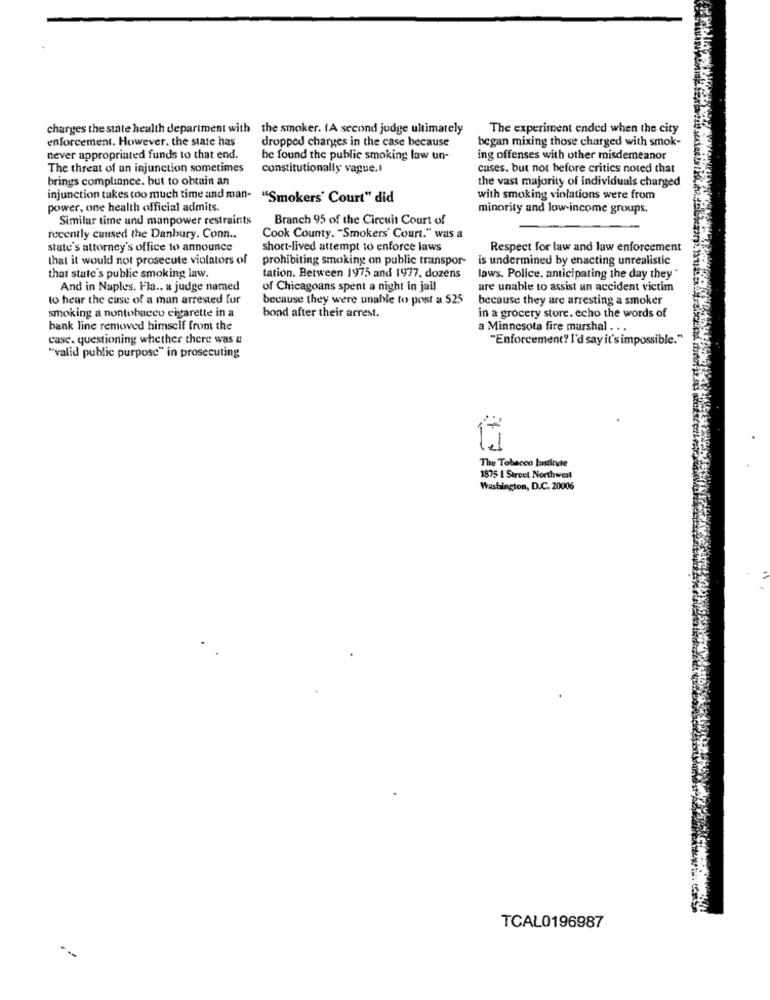
charges the state health department with the smoker. (A second judge ultimately
The experiment ended when the city
enforcement. However, the state has
dropped charges in the case because
began mixing those charged with smok-
never appropriated funds to that end.
be found the public smoking law un-
ing offenses with other misdemeanor
The threat of an injunction sometimes
constitutionally vague.l
cuses. but not before critics noted that
brings compliance. but to obtain an
the vast majority of individuals charged
injunction takes too much time and man-
"Smokers' Court" did
with smoking violations were from
power, one health official admits.
minority and low-income groups.
Similar time und manpower restraints
Branch 95 of the Circuit Court of
recently caused the Danbury. Conn ..
Cook County. "Smokers' Court." was a
state's attorney's office to announce
short-lived attempt to enforce laws
Respect for law and law enforcement
that it would not prosecute violators of
prohibiting smoking on public transpor-
is undermined by enacting unrealistic
that state's public smoking law.
tation. Between 1975 and 1977. dozens
laws. Police. anticipating the day they *
And in Naples. Fla .. a judge named
of Chicagoans spent a night in jail
are unable to assist an accident victim
to hear the case of a man arrested for
because they were unable to post a $25
because they are arresting a smoker
smoking a nontobacco cigarette in a
bond after their arrest.
in a grocery store. echo the words of
bank line removed himself from the
a Minnesota fire marshal . . .
case. questioning whether there was a
"Enforcement? I'd say it's impossible."
"valid public purpose" in prosecuting
The Tobacco Instinvde
1875 1 Street Northwest
Washington, D.C. 20006
TCAL0196987